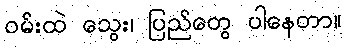
ဝမ်းထဲ သွေး၊ ပြည်တွေ ပါနေတာ။